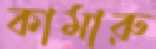
কামারু